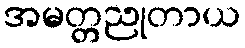
အမတ္တညုတာယ